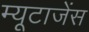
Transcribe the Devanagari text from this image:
म्यूटाजेंस